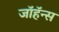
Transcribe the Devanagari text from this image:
जॉहॅन्स